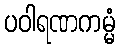
ပဝါရဏကမ္မံ